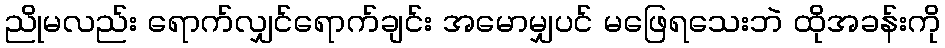
ညိုမလည်း ရောက်လျှင်ရောက်ချင်း အမောမျှပင် မဖြေရသေးဘဲ ထိုအခန်းကို